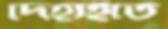
দেহাইতে